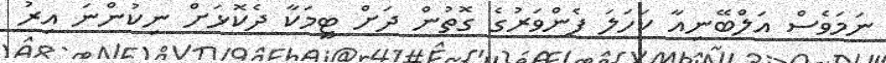
ނަމަވެސް އަލްބޭނިއާ ކަހަލަ ފެންވަރުގެ ގޮތުން ދަށް ޓީމަކާ ދެކޮޅަށް ނިކުންނަ އިރު